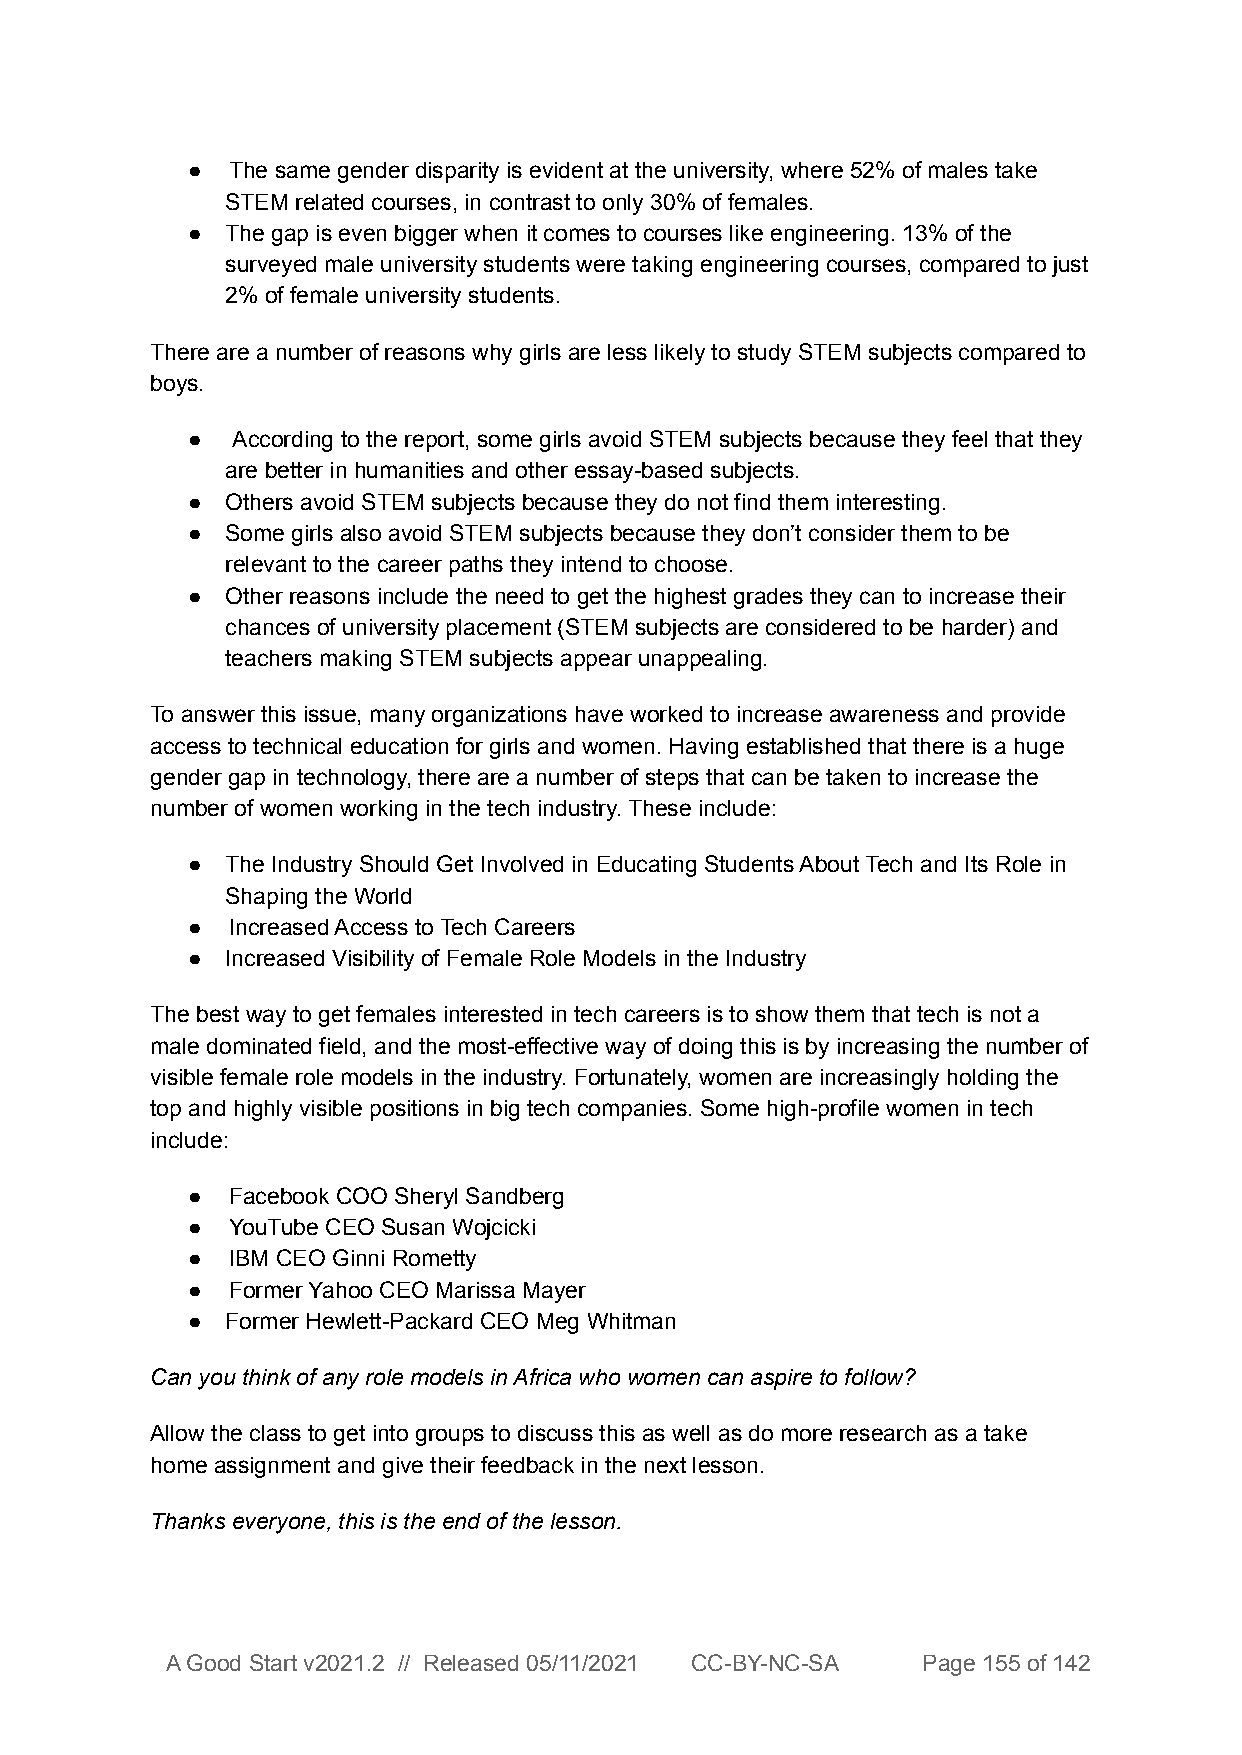
●  The same gender disparity is evident at the university, where 52% of males take
 STEM related courses, in contrast to only 30% of females.
 ●  The gap is even bigger when it comes to courses like engineering. 13% of the
 surveyed male university students were taking engineering courses, compared to just
 2% of female university students.
 There are a number of reasons why girls are less likely to study STEM subjects compared to
 boys.
 ●  According to the report, some girls avoid STEM subjects because they feel that they
 are better in humanities and other essay-based subjects.
 ●  Others avoid STEM subjects because they do not find them interesting.
 ●  Some girls also avoid STEM subjects because they don’t consider them to be
 relevant to the career paths they intend to choose.
 ●  Other reasons include the need to get the highest grades they can to increase their
 chances of university placement (STEM subjects are considered to be harder) and
 teachers making STEM subjects appear unappealing.
 To answer this issue, many organizations have worked to increase awareness and provide
 access to technical education for girls and women. Having established that there is a huge
 gender gap in technology, there are a number of steps that can be taken to increase the
 number of women working in the tech industry. These include:
 ●  The Industry Should Get Involved in Educating Students About Tech and Its Role in
 Shaping the World
 ●  Increased Access to Tech Careers
 ●  Increased Visibility of Female Role Models in the Industry
 The best way to get females interested in tech careers is to show them that tech is not a
 male dominated field, and the most-effective way of doing this is by increasing the number of
 visible female role models in the industry. Fortunately, women are increasingly holding the
 top and highly visible positions in big tech companies. Some high-profile women in tech
 include:
 ●  Facebook COO Sheryl Sandberg
 ●  YouTube CEO Susan Wojcicki
 ●  IBM CEO Ginni Rometty
 ●  Former Yahoo CEO Marissa Mayer
 ●  Former Hewlett-Packard CEO Meg Whitman
 Can you think of any role models in Africa who women can aspire to follow?
 Allow the class to get into groups to discuss this as well as do more research as a take
 home assignment and give their feedback in the next lesson.
 Thanks everyone, this is the end of the lesson.
 A Good Start v2021.2 // Released 05/11/2021 CC-BY-NC-SA Page 155 of 142